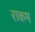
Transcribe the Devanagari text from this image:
राकम